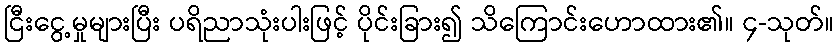
ငြီးငွေ့မှုများပြီး ပရိညာသုံးပါးဖြင့် ပိုင်းခြား၍ သိကြောင်းဟောထား၏။ ၄-သုတ်။